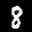
Label: 8